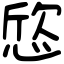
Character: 𢜛